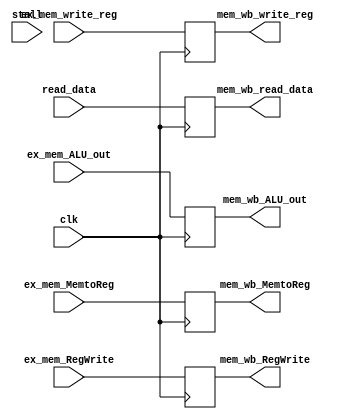
`timescale 1ns / 1ps

module MEM_WB(
	input ex_mem_RegWrite, ex_mem_MemtoReg, clk,
	input [31:0] ex_mem_ALU_out, read_data,
	input [4:0] ex_mem_write_reg, 
	output reg mem_wb_MemtoReg, mem_wb_RegWrite,
	output reg [4:0] mem_wb_write_reg,
	output reg [31:0] mem_wb_read_data, mem_wb_ALU_out,
	input stall
	);
	
	
	always@ (negedge clk) 
	  begin

            mem_wb_RegWrite <= ex_mem_RegWrite;
            mem_wb_MemtoReg <= ex_mem_MemtoReg;
            mem_wb_read_data <= read_data;
            mem_wb_ALU_out <= ex_mem_ALU_out;
            mem_wb_write_reg <= ex_mem_write_reg;
	  end
endmodule